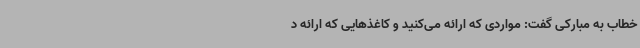
خطاب به مبارکی گفت: مواردی که ارائه می‌کنید و کاغذهایی که ارائه د